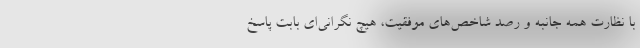
با نظارت همه جانبه و رصد شاخص‌های موفقیت، هیچ نگرانی‌‌ای بابت پاسخ